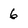
Character: 6